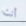
أنت